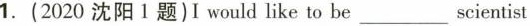
1.(2020沈阳1题)I would like to be___scienti